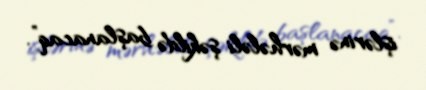
işlərinə mərhələli şəkildə başlanacaq”.